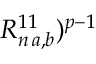
R _ { n \, a , b } ^ { 1 1 } ) ^ { p - 1 }